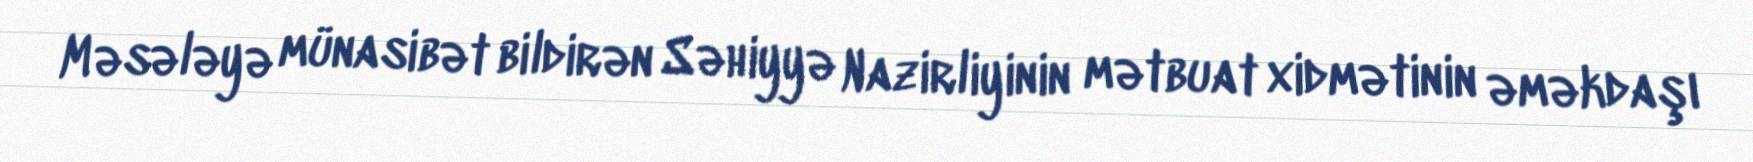
Məsələyə münasibət bildirən Səhiyyə Nazirliyinin mətbuat xidmətinin əməkdaşı